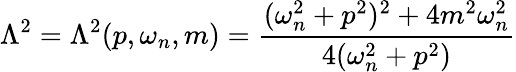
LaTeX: \Lambda^{2}=\Lambda^{2}(p,\omega_{n},m)=\frac{(\omega_{n}^{2}+p^{2})^{2}+4m^{2}\omega_{n}^{2}}{4(\omega_{n}^{2}+p^{2})}